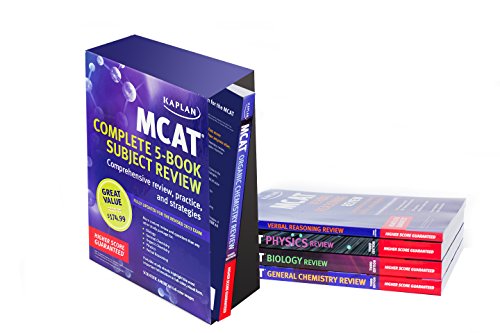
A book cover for Kaplan MCAT Review Complete 5-Book Subject Review (Kaplan Test Prep); Kaplan; Test Preparation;